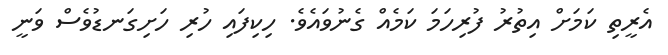
އެރީތި ކަމަށް އިތުރު ފުރިހަމަ ކަމެއް ގެނުވައެވެ. ހިކިފައި ހުރި ހަށިގަނޑުވެސް ވަނީ